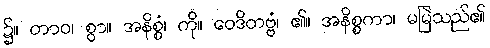
၌။ တာဝ၊ စွာ။ အနိစ္စံ၊ ကို။ ဝေဒိတဗ္ဗံ၊ ၏။ အနိစ္စကာ၊ မမြဲသည်၏